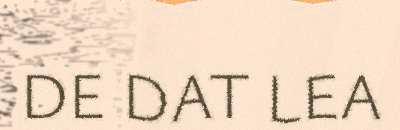
DE DAT LEA